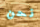
نحن